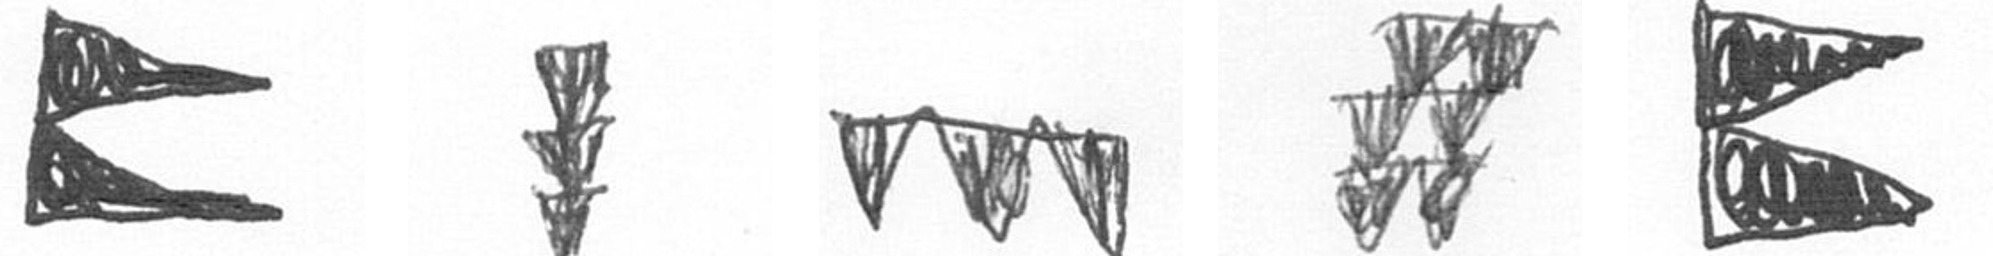
P E L Y P